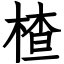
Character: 楂